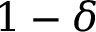
1 - \delta